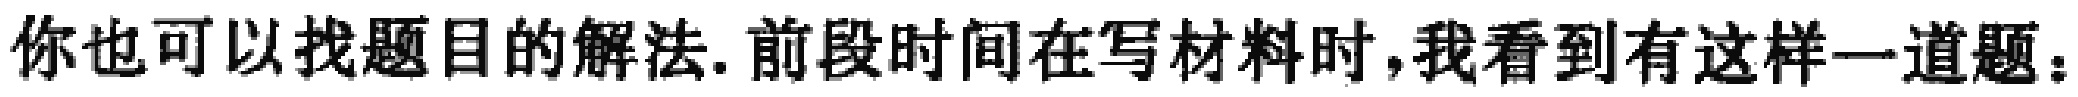
你也可以找题目的解法.前段时间在写材料时,我看到有这样一道题：